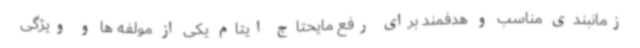
زمانبندی مناسب و هدفمند برای رفع مایحتاج ایتام یکی از مولفه ها و ویژگی